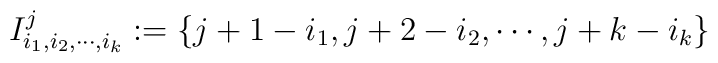
I_{i_{1},i_{2},\cdots ,i_{k}}^{j}:=\{j+1-i_{1},j+2-i_{2},\cdots ,j+k-i_{k}\}